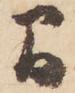
間